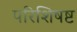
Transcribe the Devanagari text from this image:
परिशिषष्ट